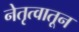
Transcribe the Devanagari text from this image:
नेतृत्वातून